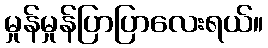
မှုန်မှုန်ပြာပြာလေးရယ်။